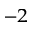
^ { - 2 }